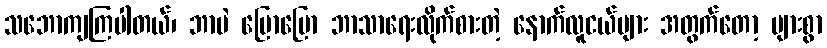
သဘောကျကြပါတယ်၊ ဘာပဲ ပြောပြော ဘာသာရေးလိုက်စားတဲ့ နောက်လူငယ်များ အတွက်တော့ များစွာ